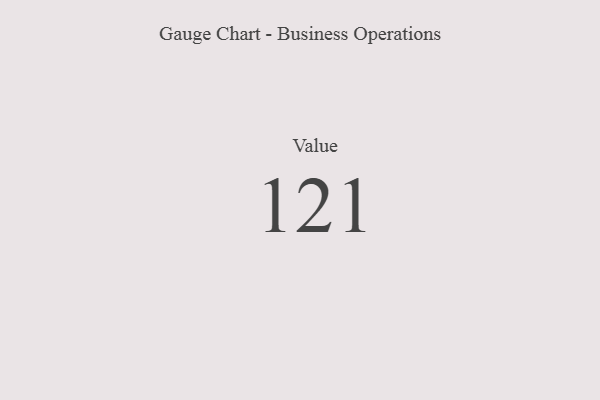
{"axis": {"x": "Metric", "y": "Value"}, "legend": [""], "data": [{"x": "Value", "y": 121, "type": ""}]}